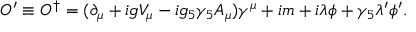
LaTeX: { \cal O } ^ { \prime } \equiv { \cal O } ^ { \dagger } = ( \partial _ { \mu } + i g V _ { \mu } - i g _ { 5 } \gamma _ { 5 } A _ { \mu } ) \gamma ^ { \mu } + i m + i \lambda \phi + \gamma _ { 5 } \lambda ^ { \prime } \phi ^ { \prime } .